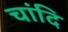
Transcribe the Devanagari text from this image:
चांदि